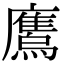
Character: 𫠕